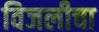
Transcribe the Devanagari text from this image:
विजलीचा